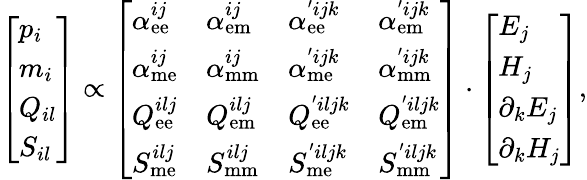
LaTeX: \left[\begin{array}{l}{p_{i}}\\ {m_{i}}\\ {Q_{il}}\\ {S_{il}}\end{array}\right]\propto\left[\begin{array}{llll}{\alpha_{\mathrm{ee}}^{ij}}&{\alpha_{\mathrm{em}}^{ij}}&{\alpha_{\mathrm{ee}}^{'ijk}}&{\alpha_{\mathrm{em}}^{'ijk}}\\ {\alpha_{\mathrm{me}}^{ij}}&{\alpha_{\mathrm{mm}}^{ij}}&{\alpha_{\mathrm{me}}^{'ijk}}&{\alpha_{\mathrm{mm}}^{'ijk}}\\ {Q_{\mathrm{ee}}^{ilj}}&{Q_{\mathrm{em}}^{ilj}}&{Q_{\mathrm{ee}}^{'iljk}}&{Q_{\mathrm{em}}^{'iljk}}\\ {S_{\mathrm{me}}^{ilj}}&{S_{\mathrm{mm}}^{ilj}}&{S_{\mathrm{me}}^{'iljk}}&{S_{\mathrm{mm}}^{'iljk}}\end{array}\right]\cdot\left[\begin{array}{l}{E_{j}}\\ {H_{j}}\\ {\partial_{k}E_{j}}\\ {\partial_{k}H_{j}}\end{array}\right],